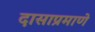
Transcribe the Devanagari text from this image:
दासाप्रमाणे